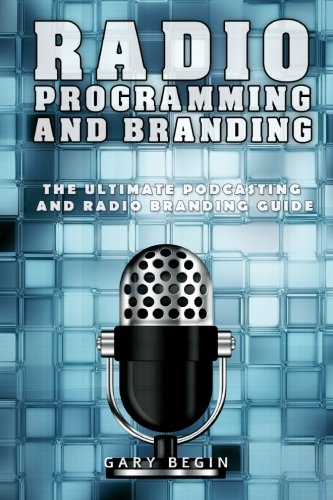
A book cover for Radio Programming and Branding: The Ultimate Podcasting and Radio Branding Guide; Gary Begin; Humor & Entertainment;